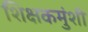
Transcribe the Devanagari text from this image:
शिक्षकमुंशी